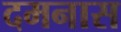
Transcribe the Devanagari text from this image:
दमनास